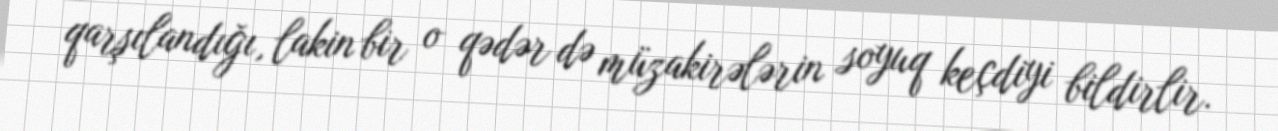
qarşılandığı, lakin bir o qədər də müzakirələrin soyuq keçdiyi bildirlir.